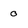
Character: o